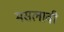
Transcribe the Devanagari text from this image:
मसलावी